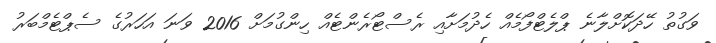
ވަގުތު ހޭދަކޮށްލާނެ ޕްލެޓްފޯމެއް ހެދުމަށާއި ރެސްޓޯރެންޓެއް ހިންގުމަށް 2016 ވަނަ އަހަރުގެ ސެޕްޓެމްބަރު